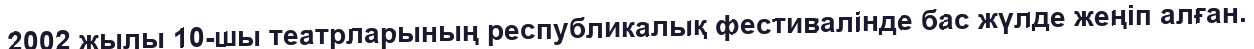
2002 жылы 10-шы театрларының республикалық фестивалінде бас жүлде жеңіп алған.